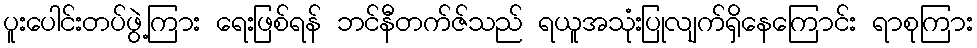
ပူးပေါင်းတပ်ဖွဲ့ကြား ရေးဖြစ်ရန် ဘင်နီတက်ဇ်သည် ရယူအသုံးပြုလျက်ရှိနေကြောင်း ရာစုကြား